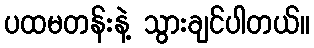
ပထမတန်းနဲ့ သွားချင်ပါတယ်။